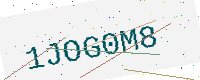
Text: 1JOG0M8